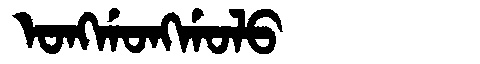
Manchu: ᠣᠩᡤᠣᠩᡤᠣᠯᠣ
Romanization: ONGGONGGOLO